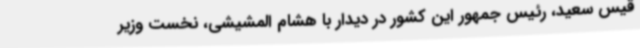
قیس سعید، رئیس جمهور این کشور در دیدار با هشام المشیشی، نخست وزیر